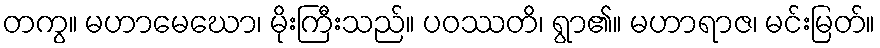
တကွ။ မဟာမေဃော၊ မိုးကြီးသည်။ ပဝဿတိ၊ ရွာ၏။ မဟာရာဇ၊ မင်းမြတ်။